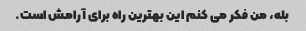
بله، من فکر می کنم این بهترین راه برای آرامش است.